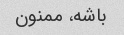
باشه، ممنون